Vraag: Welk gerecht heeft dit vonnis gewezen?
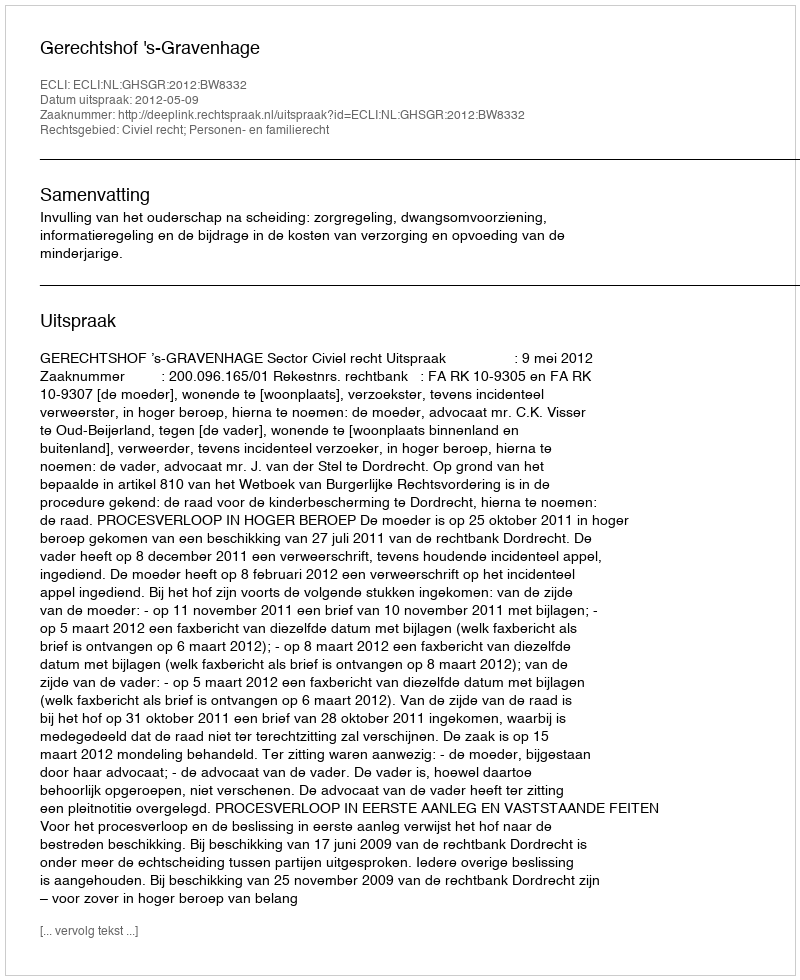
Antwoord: Gerechtshof 's-Gravenhage